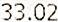
33.02